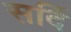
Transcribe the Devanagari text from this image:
सर्दि